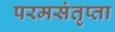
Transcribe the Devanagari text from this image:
परमसंतृप्ता